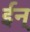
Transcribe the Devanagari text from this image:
ईन्